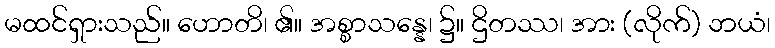
မထင်ရှားသည်။ ဟောတိ၊ ၏။ အစ္စာသန္နေ၊ ၌။ ဌိတဿ၊ အား (လိုက်) ဘယံ၊